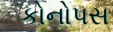
કોનોપસ